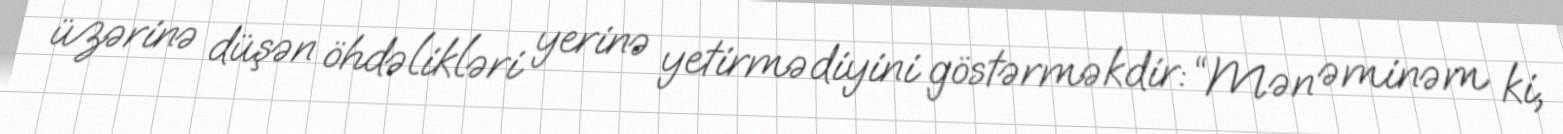
üzərinə düşən öhdəlikləri yerinə yetirmədiyini göstərməkdir: “Mən əminəm ki,